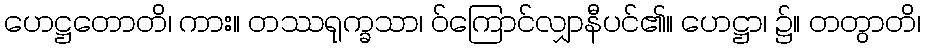
ဟေဋ္ဌတောတိ၊ ကား။ တဿရုက္ခသာ၊ ဝ်ကြောင်လျှာနီပင်၏။ ဟေဋ္ဌာ၊ ၌။ တတွာတိ၊